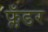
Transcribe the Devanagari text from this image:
फ्लँडर